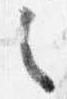
之